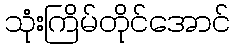
သုံးကြိမ်တိုင်အောင်